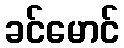
ခင်မောင်